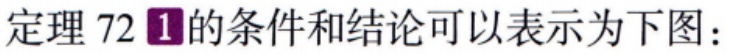
定理 72 \textcircled{1}的条件和结论可以表示为下图：